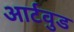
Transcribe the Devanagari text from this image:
आर्टवुड